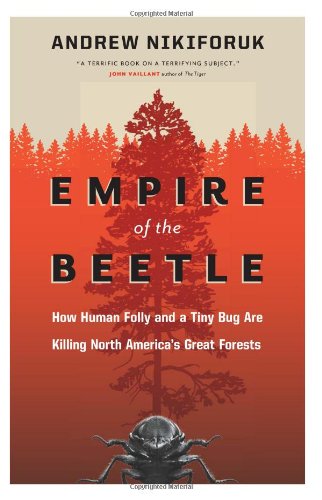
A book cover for Empire of the Beetle: How Human Folly and a Tiny Bug Are Killing North America's Great Forests (David Suzuki Foundation Series); Andrew Nikiforuk; Crafts, Hobbies & Home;